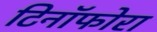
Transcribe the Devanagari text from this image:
टिनॉफोरा